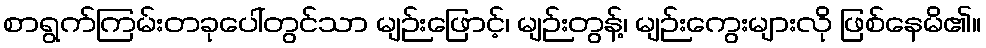
စာရွက်ကြမ်းတခုပေါ်တွင်သာ မျဉ်းဖြောင့်၊ မျဉ်းတွန့်၊ မျဉ်းကွေးများလို ဖြစ်နေမိ၏။